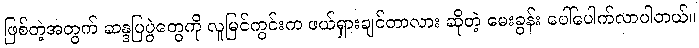
ဖြစ်တဲ့အတွက် ဆန္ဒပြပွဲတွေကို လူမြင်ကွင်းက ဖယ်ရှားချင်တာလား ဆိုတဲ့ မေးခွန်း ပေါ်ပေါက်လာပါတယ်။